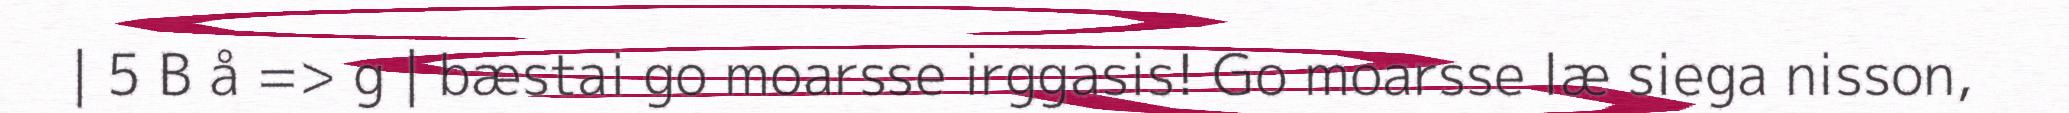
| 5 B å => g | bæstai go moarsse irggasis! Go moarsse læ siega nisson,